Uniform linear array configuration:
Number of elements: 8
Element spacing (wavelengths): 1
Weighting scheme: hamming
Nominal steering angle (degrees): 0
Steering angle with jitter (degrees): -1.026
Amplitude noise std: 0.05
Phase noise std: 0.05

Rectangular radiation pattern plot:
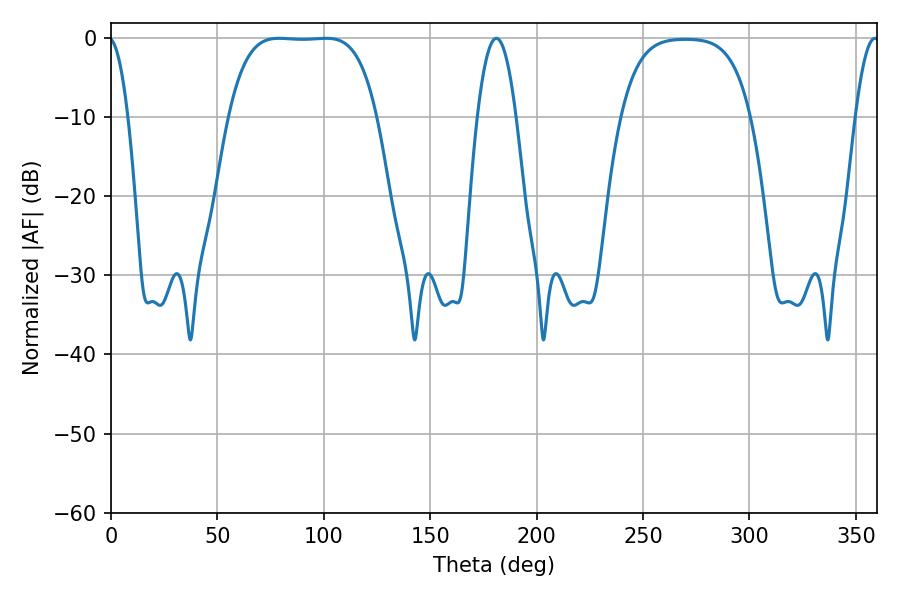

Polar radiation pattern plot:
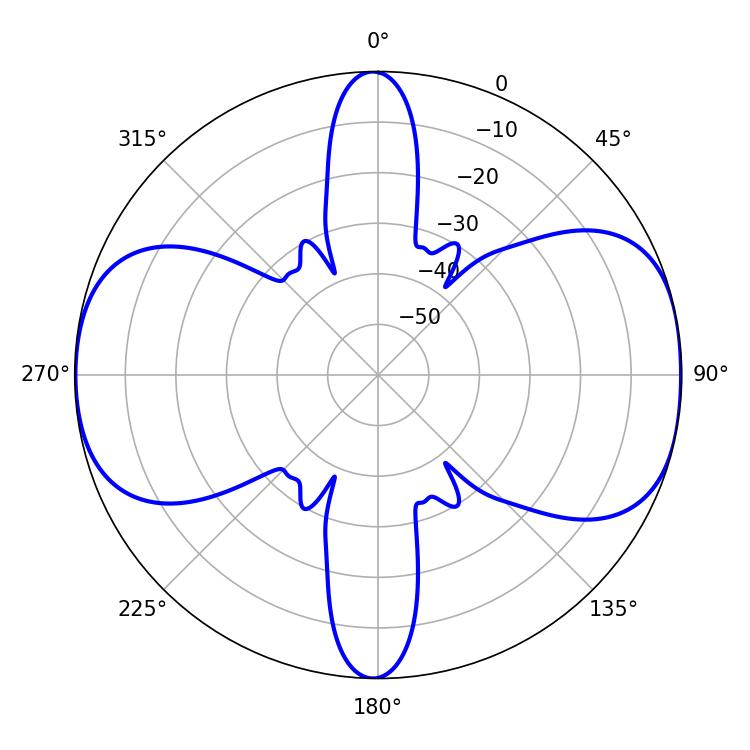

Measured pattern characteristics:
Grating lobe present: TRUE
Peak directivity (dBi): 10.415
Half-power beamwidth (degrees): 53.64
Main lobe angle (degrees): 79.02